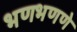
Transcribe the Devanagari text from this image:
भणभणणे